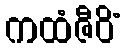
ကထံဇီဝိံ